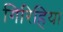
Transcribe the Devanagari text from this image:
गिरिहिया